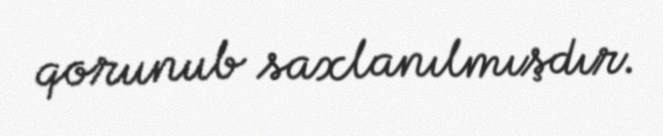
qorunub saxlanılmışdır.